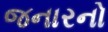
જનારનો